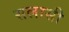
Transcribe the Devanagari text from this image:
सलासी